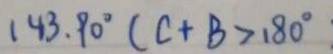
1 4 3 . 9 0 ^ { \circ } ( C + B > 1 8 0 ^ { \circ }